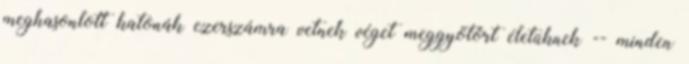
meghasonlott katonák ezerszámra vetnek véget meggyötört életüknek -- minden